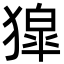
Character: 獔